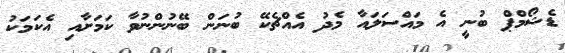
ޑެޝޯމްޕް ބުނީ އެ މައްސަލައާ މެދު އެއްޗެކޭ ބުނަން ބޭނުންނުވާ ކަމަށާއި އެކަމަކު